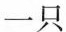
一只